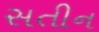
સતીન